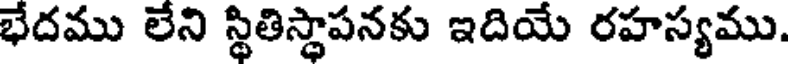
భేదము లేని స్థితిస్థాపనకు ఇదియే రహస్యము.